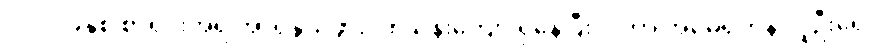
၂၀၁၁ခုနှစ် စာရင်းအရ အာရှနွယ်ဖွား ၁၈သန်းကျော် ရှိနေပြီး ဒါဟာ အမေရိကန် လူဦးရေ